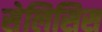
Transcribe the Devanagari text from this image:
सेलिसिस